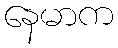
နေမာက